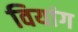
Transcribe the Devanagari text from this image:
वियांग